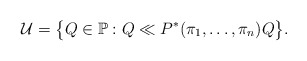
\begin{gather*}\mathcal{U}=\bigl\{Q\in\mathbb{P}:Q\ll P^*(\pi_1,\ldots,\pi_n)Q\bigr\}.\end{gather*}